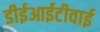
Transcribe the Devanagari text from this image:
डीईआईटीवाई